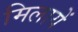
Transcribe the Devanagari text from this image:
मिलायें